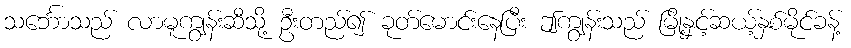
သင်္ဘောသည် လာမူကျွန်းဆီသို့ ဦးတည်၍ ခုတ်မောင်းနေပြီး ဤကျွန်းသည် မြို့နှင့်ဆယ့်နှစ်မိုင်ခန့်